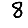
Digit: 8